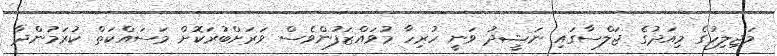
މަޖިލިހުގެ މިއަދުގެ ޖަލްސާގައި ނަޝީދު ވަނީ ހުރިހާ މުވައްޒަފުންވެސް ވަރަށްބުރަކޮށް މަސައްކަތް ކުރަމުންދާ